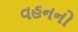
વહનનો